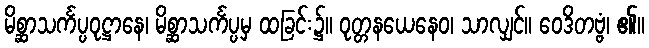
မိစ္ဆာသင်္ကပ္ပဝုဋ္ဌာနေ၊ မိစ္ဆာသင်္ကပ္ပမှ ထခြင်း၌။ ဝုတ္တနယေနေဝ၊ သာလျှင်။ ဝေဒိတဗ္ဗံ၊ ၏။